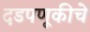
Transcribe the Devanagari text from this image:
दडपणूकीचे